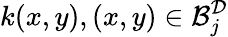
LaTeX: k(x,y),(x,y)\in\mathcal{B}_{j}^{\mathcal{D}}